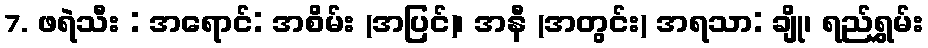
7. ဖရဲသီး : အရောင်: အစိမ်း (အပြင်)၊ အနီ (အတွင်း) အရသာ: ချို၊ ရည်ရွှမ်း